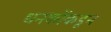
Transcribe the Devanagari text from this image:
धनकोंकडून